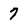
Character: 7